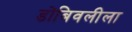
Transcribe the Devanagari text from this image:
डोंबिवलीला